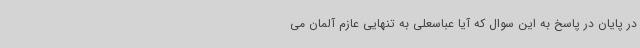
در پایان در پاسخ به این سوال که آیا عباسعلی به تنهایی عازم آلمان می